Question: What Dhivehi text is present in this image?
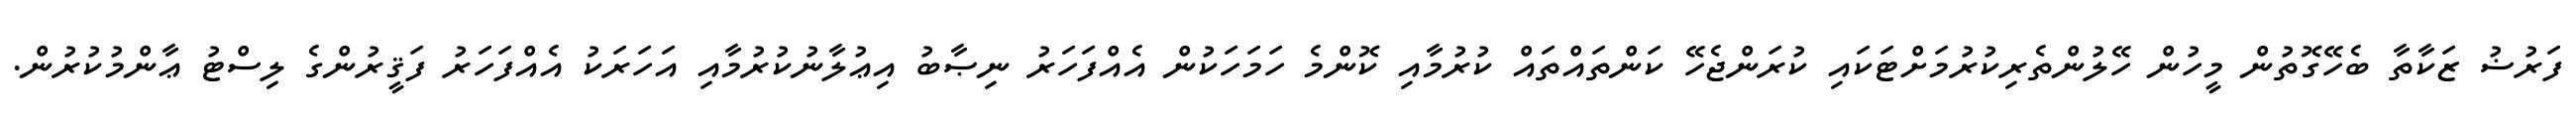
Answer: ފަރުޟު ޒަކާތާ ބެހޭގޮތުން މީހުން ހޭލުންތެރިކުރުމަށްޓަކައި ކުރަންޖެހޭ ކަންތައްތައް ކުރުމާއި ކޮންމެ ހަމަހަކުން އެއްފަހަރު ނިޞާބު އިޢުލާނުކުރުމާއި އަހަރަކު އެއްފަހަރު ފަޤީރުންގެ ލިސްޓު ޢާންމުކުރުން.